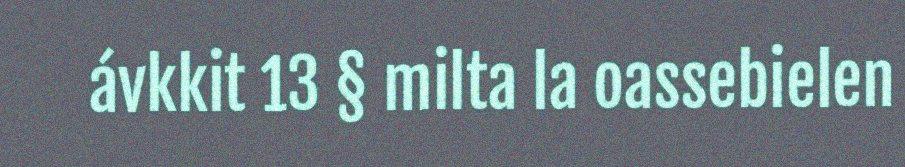
ávkkit 13 § milta la oassebielen